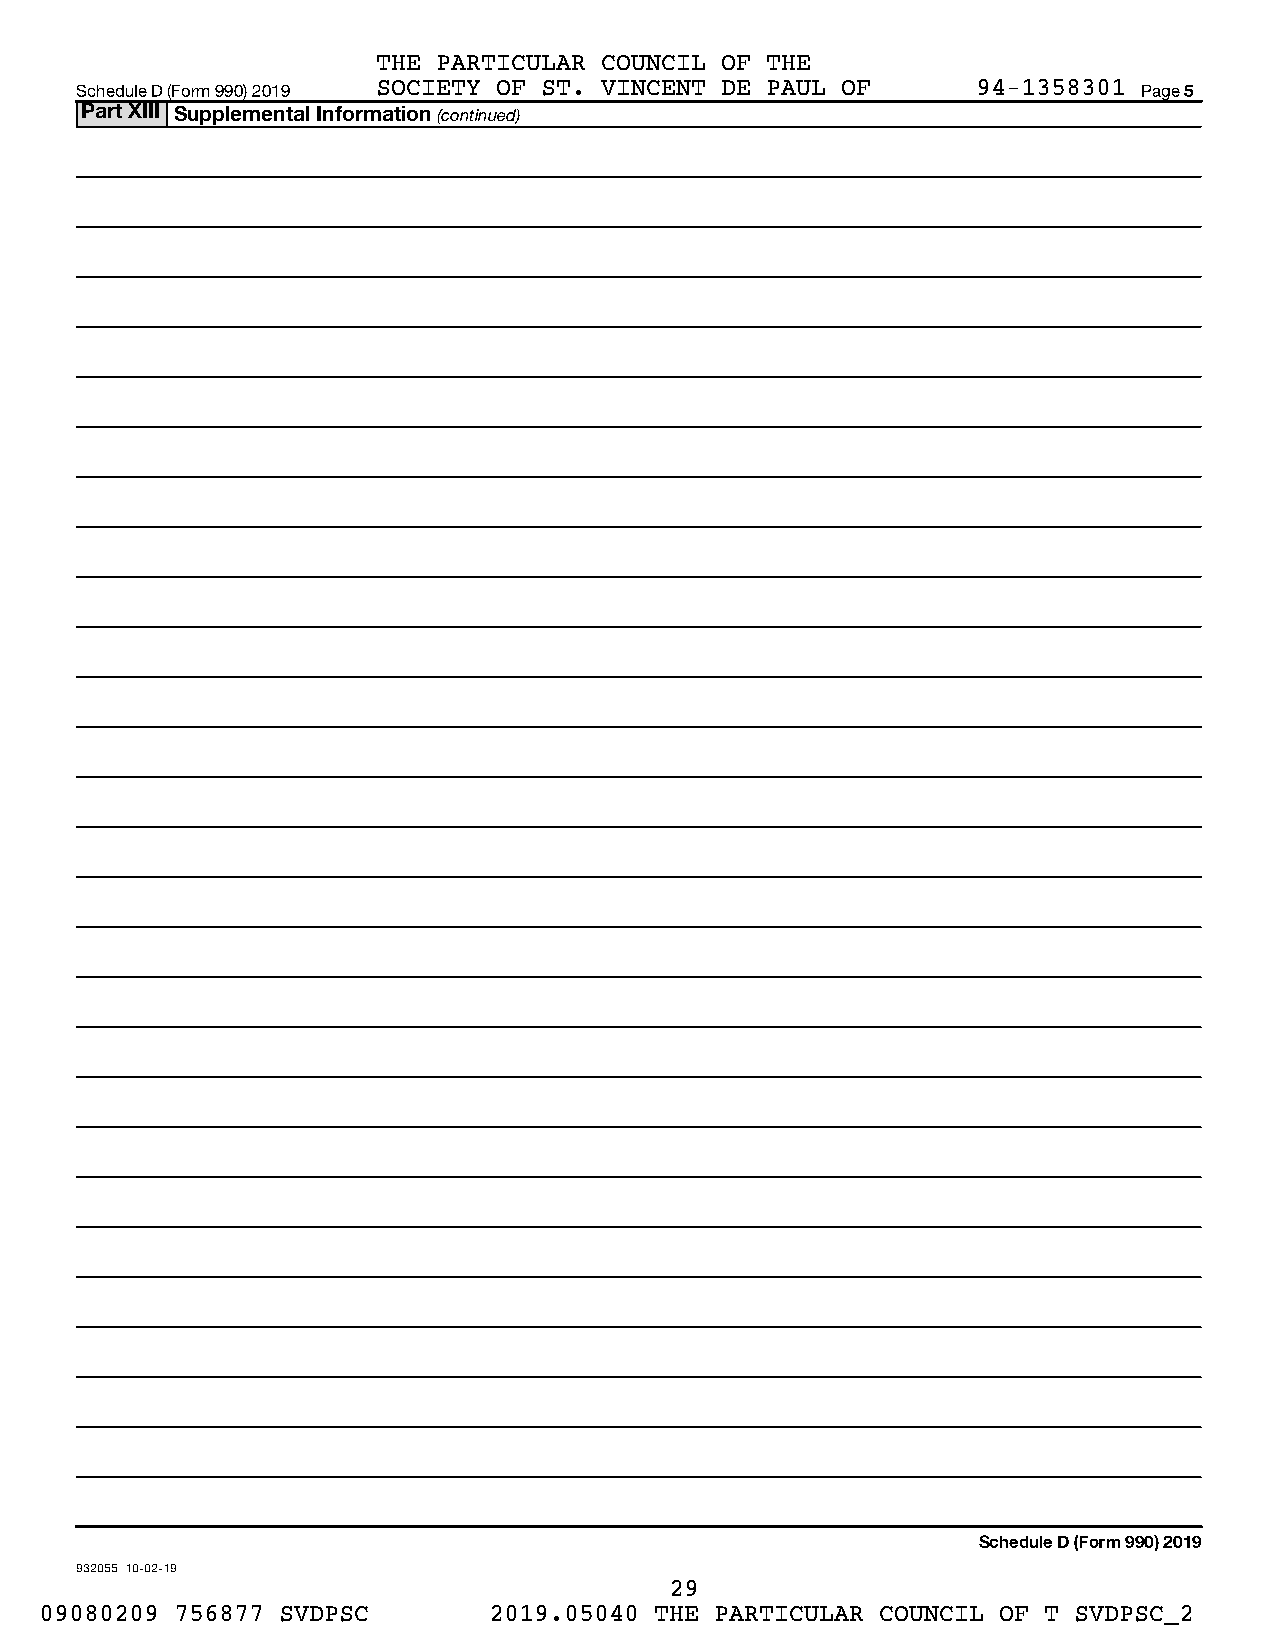
THE PARTICULAR COUNCIL OF THE
 Schedule D (Form 990) 2019 SOCIETY OF ST. VINCENT DE PAUL OF 94-1358301 Page 5
 Part XIII Supplemental Information (continued)
 Schedule D (Form 990) 2019
 932055 10-02-19
 29
 09080209 756877 SVDPSC       2019.05040 THE PARTICULAR COUNCIL OF T SVDPSC_2